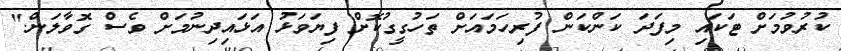
ކުރުވުމަށް ޓަކައި މިފަދަ ކަންކަން ފުރިހަމައަށް ތަހުގީގުކޮށް ފިޔަވަޅު އަޅައިދިނުމަށް ވެސް ގޮވާލަން."